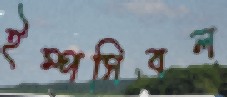
ইম্পসিবল